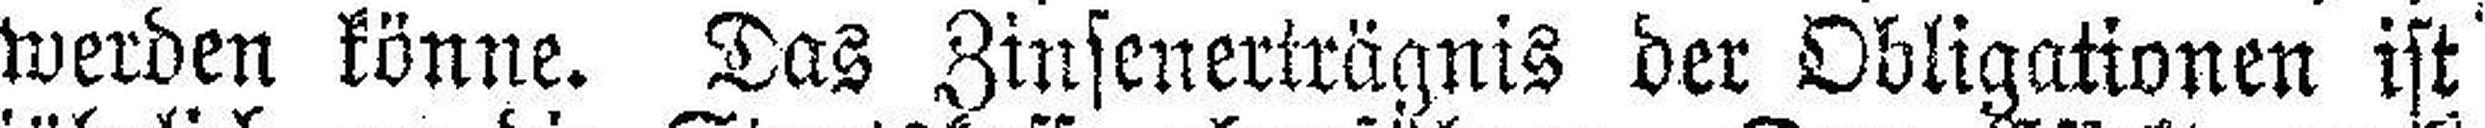
werden könne. Das Zinsenerträgnis der Obligationen ist